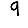
Digit: 9